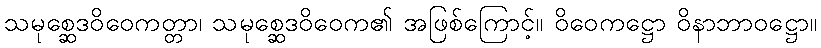
သမုစ္ဆေဒဝိဝေကတ္တာ၊ သမုစ္ဆေဒဝိဝေက၏ အဖြစ်ကြောင့်။ ဝိဝေကဋ္ဌော ဝိနာဘာဝဋ္ဌော။